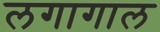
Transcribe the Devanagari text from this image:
लगागाल